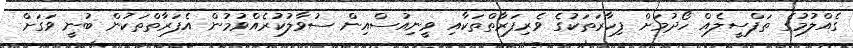
ގެއްލުމުގެ ތަފްސީލެއް ހޯދުމަށް ފިހާރަތަކުގެ ވެރިފަރާތްތަކާއި ވީނިއުސްއިން ސުވާލުކުރެއްވުމުން އެފަރާތްތަކުން ބުނީ ވަގަށް